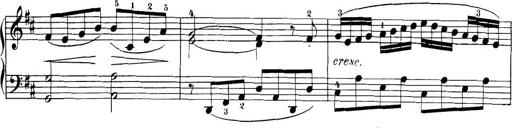
Title: 32 Sonatinas and Rondos for the Piano
Composer: Richard Kleinmichel